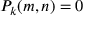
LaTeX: P _ { k } ( m , n ) = 0